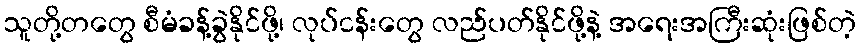
သူတို့တတွေ စီမံခန့်ခွဲနိုင်ဖို့၊ လုပ်ငန်းတွေ လည်ပတ်နိုင်ဖို့နဲ့ အရေးအကြီးဆုံးဖြစ်တဲ့